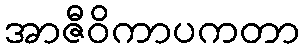
အာဇီဝိကာပကတာ